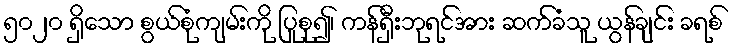
၅၀၂၀ ရှိသော စွယ်စုံကျမ်းကို ပြုစု၍၊ ကန်ရှီးဘုရင်အား ဆက်ခံသူ ယွန်ချင်း ခရစ်